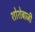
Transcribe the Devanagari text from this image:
शोशेबाजी